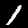
Label: 1